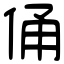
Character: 俑